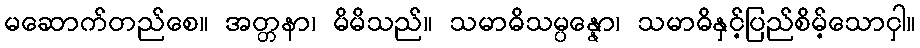
မဆောက်တည်စေ။ အတ္တနာ၊ မိမိသည်။ သမာဓိသမ္ပန္နော၊ သမာဓိနှင့်ပြည်စိမ့်သောငှါ။